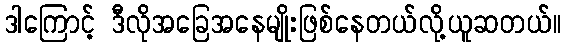
ဒါကြောင့် ဒီလိုအခြေအနေမျိုးဖြစ်နေတယ်လို့ယူဆတယ်။